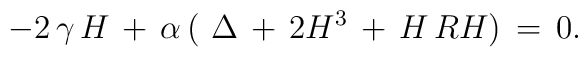
-2\,\gamma \,H\,+\,\alpha \,(\,\,\Delta \,+\,2H^3\,+\,H\,R H)\,=\,0.